Document type: Sale
Year: 1499
Scribe: Joan Martínez de Sòria
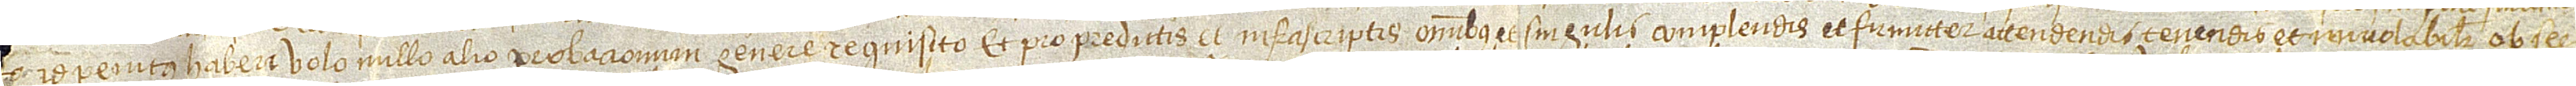
o id penitus haberi volo, nullo alio porbacionum genere requisito. Et pro predictus et infrascriptis omnibus et singulis complendis et firmiter attendendis, tenendis et inviolabiliter obser-